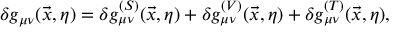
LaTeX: \delta g _ { \mu \nu } ( \vec { x } , \eta ) = \delta g _ { \mu \nu } ^ { ( S ) } ( \vec { x } , \eta ) + \delta g _ { \mu \nu } ^ { ( V ) } ( \vec { x } , \eta ) + \delta g _ { \mu \nu } ^ { ( T ) } ( \vec { x } , \eta ) ,